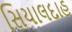
સિયાલદાહ